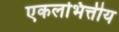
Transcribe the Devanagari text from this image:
एकलभित्तीय